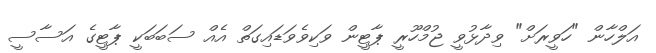
އަލްހާން "ހަވީރަށް" ވިދާޅުވީ ޖުމްހޫރީ ޕާޓީން ވަކިވެވަޑައިގަތް އެއް ސަބަބަކީ ޕާޓީގެ އަސާސީ